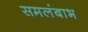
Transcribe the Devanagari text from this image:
समलंबाभ